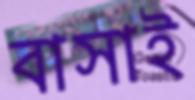
বাসাই